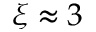
\xi \approx 3